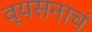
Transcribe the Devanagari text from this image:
व्यसनाचं